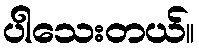
ပါသေးတယ်။